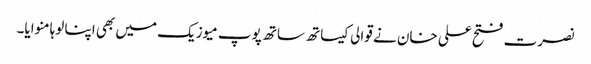
نصرت فتح علی خان نے قوالی کیساتھ ساتھ پوپ میوزیک میں بھی اپنا لوہا منوایا۔